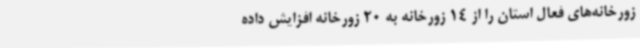
زورخانه‌های فعال استان را از 14 زورخانه به 20 زورخانه افزایش داده